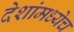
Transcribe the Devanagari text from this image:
देशांमध्येच